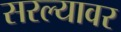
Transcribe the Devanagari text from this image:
सरल्यावर